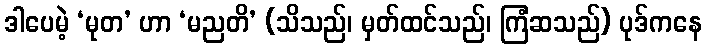
ဒါပေမဲ့ ‘မုတ’ ဟာ ‘မညတိ’ (သိသည်၊ မှတ်ထင်သည်၊ ကြံဆသည်) ပုဒ်ကနေ